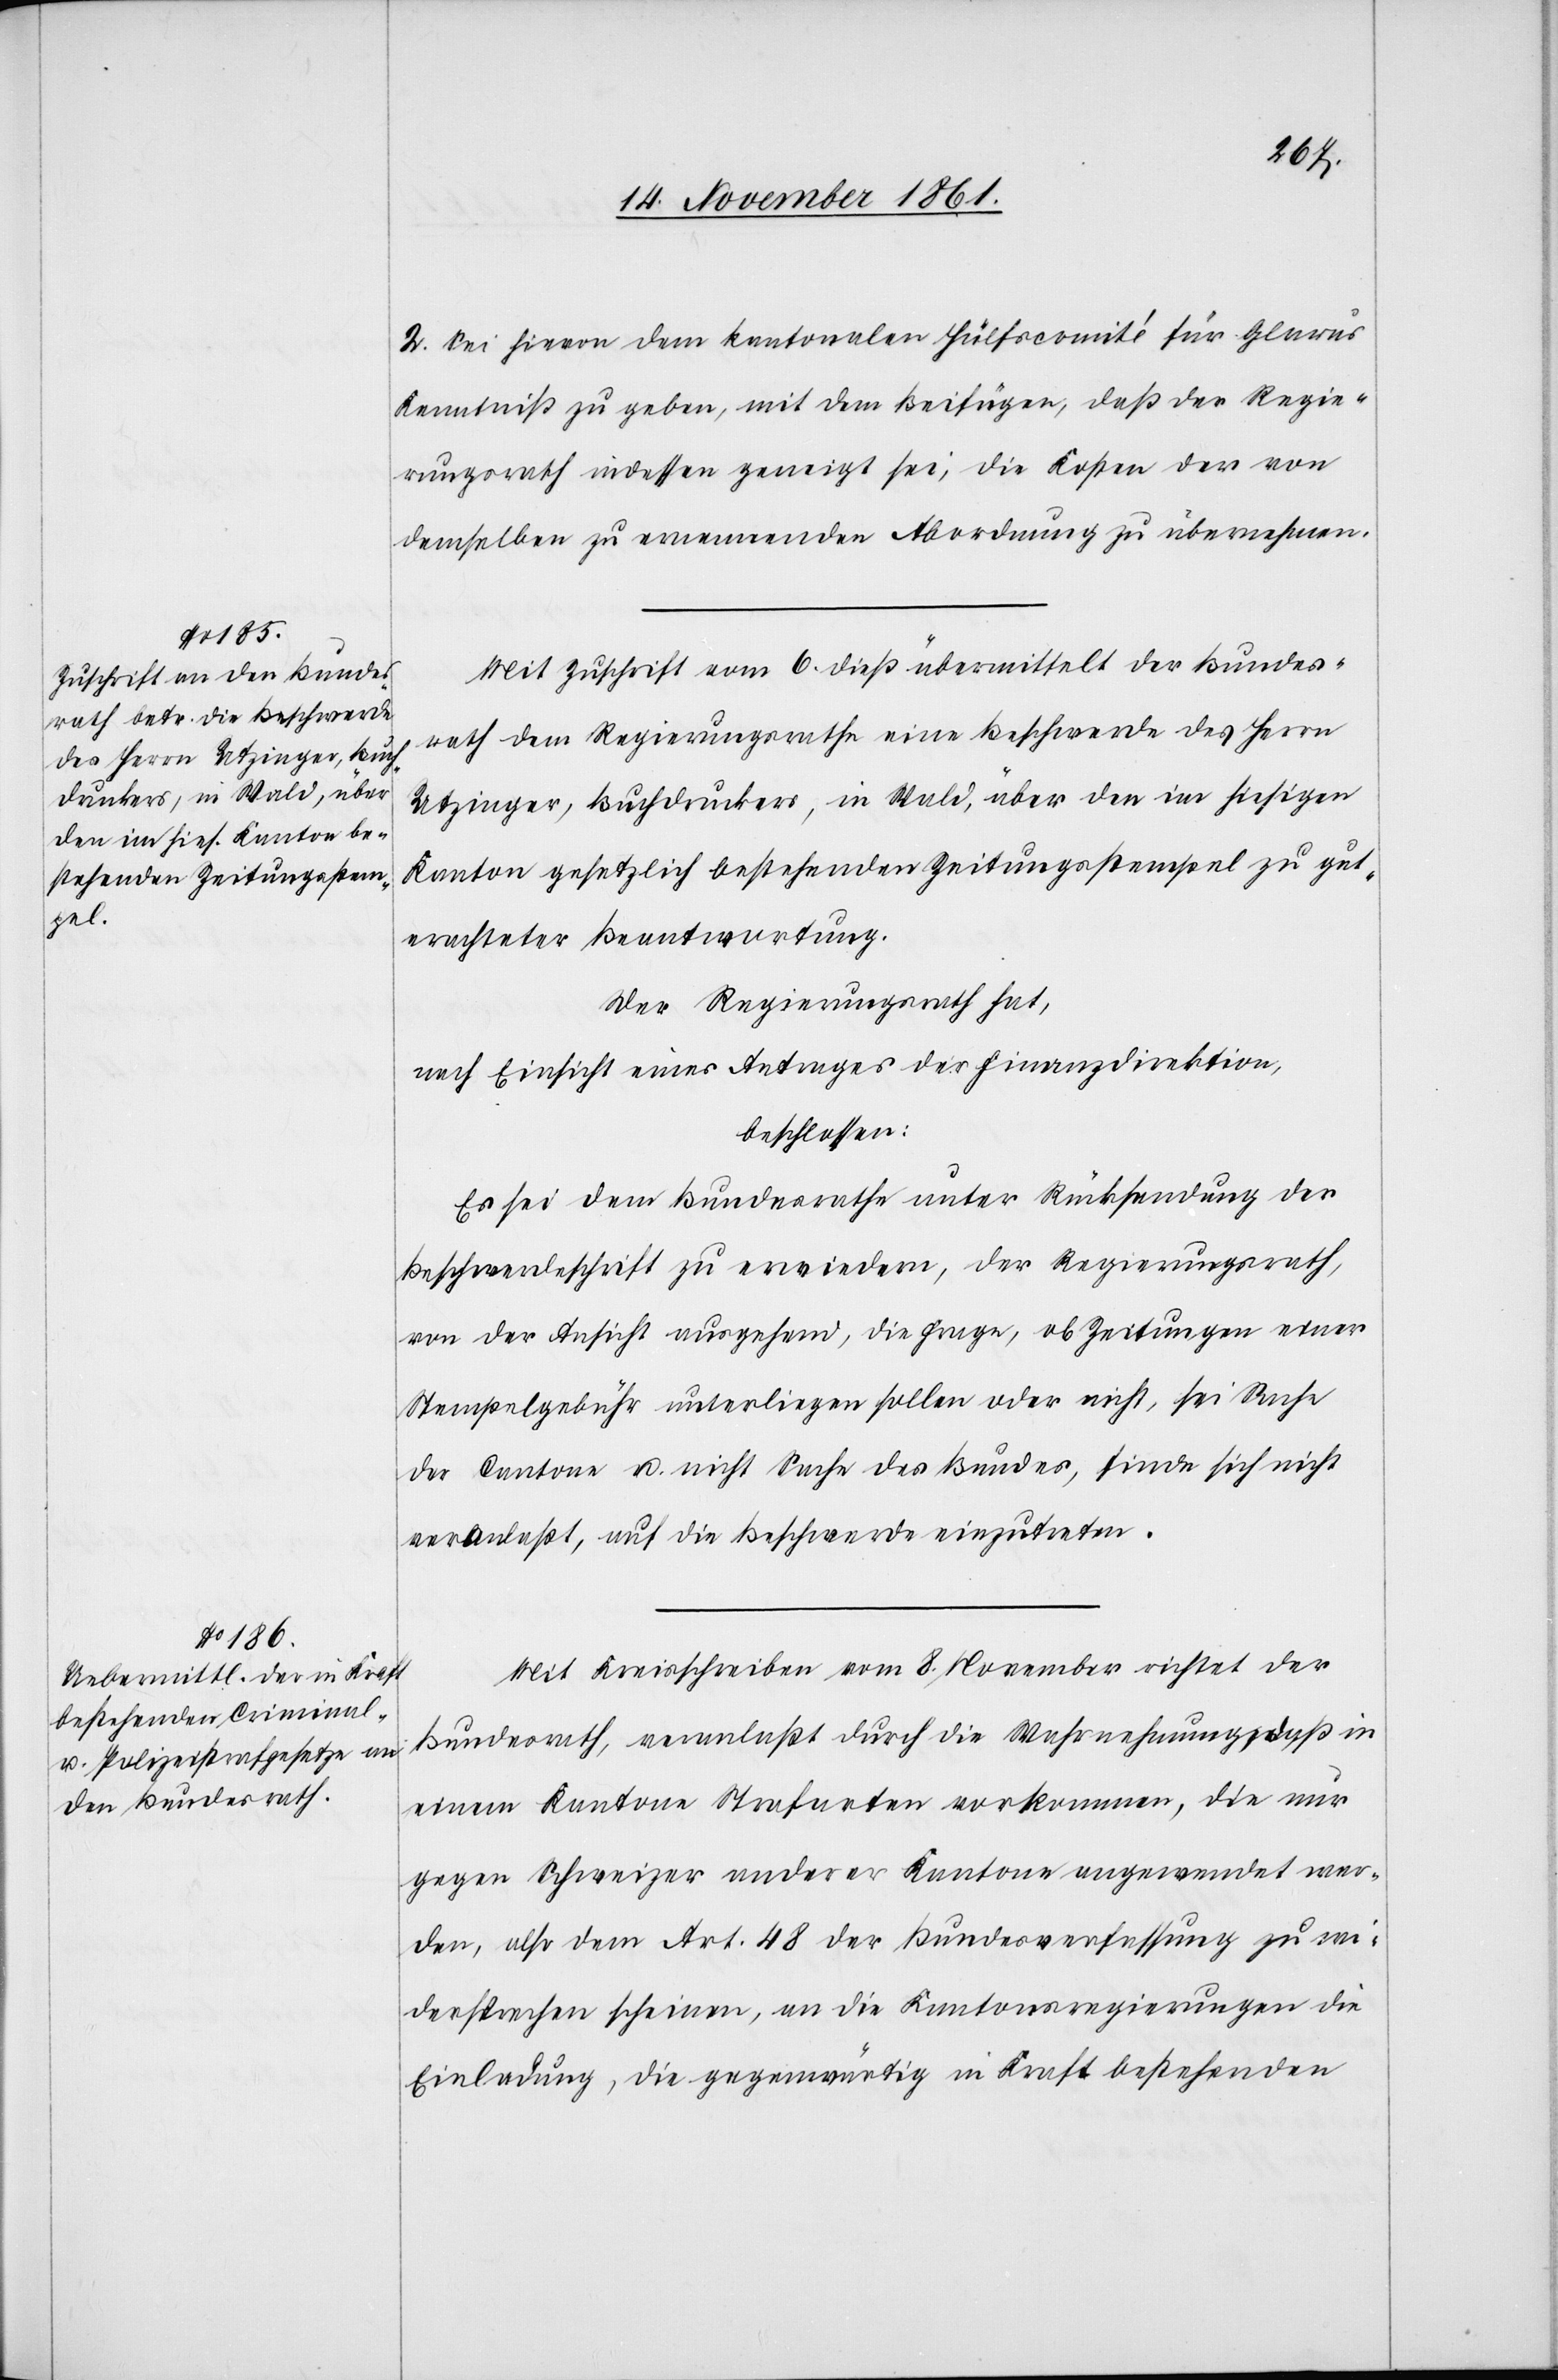
2. Sei hievon dem kantonalen Hülfscomité für Glarus
Kenntniß zu geben, mit dem Beifügen, daß der Regie¬
rungsrath indessen geneigt sei, die Kosten der von
demselben zu ernennenden Abordnung zu übernehmen.
Mit Zuschrift vom 6 dieß übermittelt der Bundes¬
rath dem Regierungsrathe eine Beschwerde des Herrn
Utzinger, Buchdruckers, in Wald, über den im hiesigen
Kanton gesetzlich bestehenden Zeitungsstempel zu gut¬
erachteter Beantwortung.
Der Regierungsrath hat,
nach Einsicht eines Antrages der Finanzdirektion,
beschlossen:
Es sei dem Bundesrathe unter Rücksendung der
Beschwerdeschrift zu erwiedern, der Regierungsrath,
von der Ansicht ausgehend, die Frage, ob Zeitungen einer
Stempelgebühr unterliegen sollen oder nicht, sei Sache
der Cantone u. nicht Sache des Bundes, finde sich nicht
veranlaßt, auf die Beschwerde einzutreten.
Mit Kreisschreiben vom 8 November richtet der
Bundesrath, veranlaßt durch die Wahrnehmung, daß in
einem Kantone Strafarten vorkommen, die nur
gegen Schweizer anderer Kantone angewendet wer¬
den, also dem Art. 48 der Bundesverfassung zu wi¬
dersprechen scheinen, an die Kantonsregierungen die
Einladung, die gegenwärtig in Kraft bestehenden